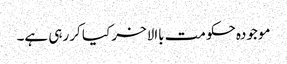
موجودہ حکومت باالاخر کیا کررہی ہے۔